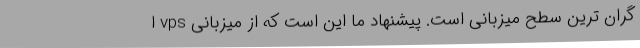
گران ترین سطح میزبانی است. پیشنهاد ما این است که از میزبانی vps ا